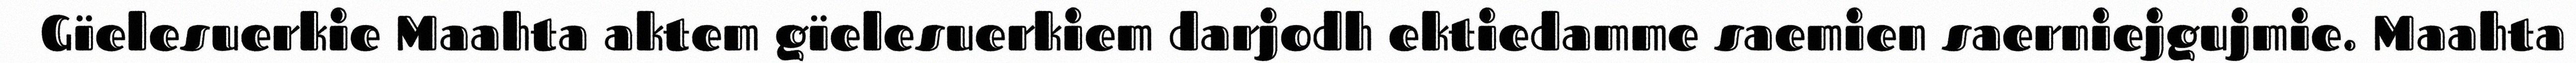
Gïelesuerkie Maahta aktem gïelesuerkiem darjodh ektiedamme saemien saerniejgujmie. Maahta